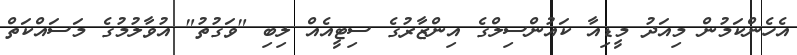
އެހެންކަމުން މިއަދު މީޑިއާ ކައުންސިލްގެ އިންޒާރުގެ ސިޓީއެއް ލިބި "ވަގުތު" އުވާލުމުގެ މަސައްކަތް